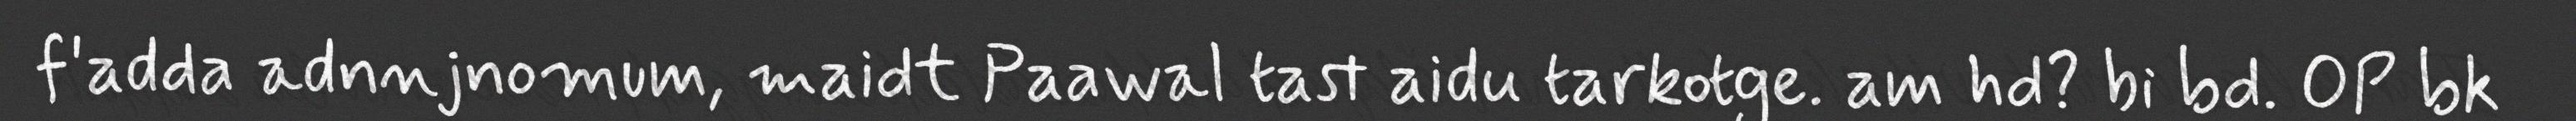
f'adda adnnjnomum, maidt Paawal tast aidu tarkotge. am hd? bi bd. OP bk